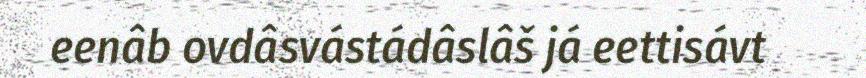
eenâb ovdâsvástádâslâš já eettisávt